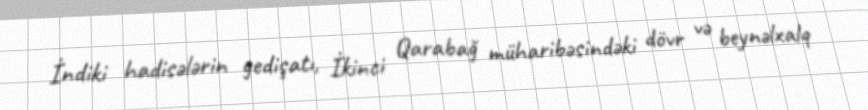
İndiki hadisələrin gedişatı, İkinci Qarabağ müharibəsindəki dövr və beynəlxalq